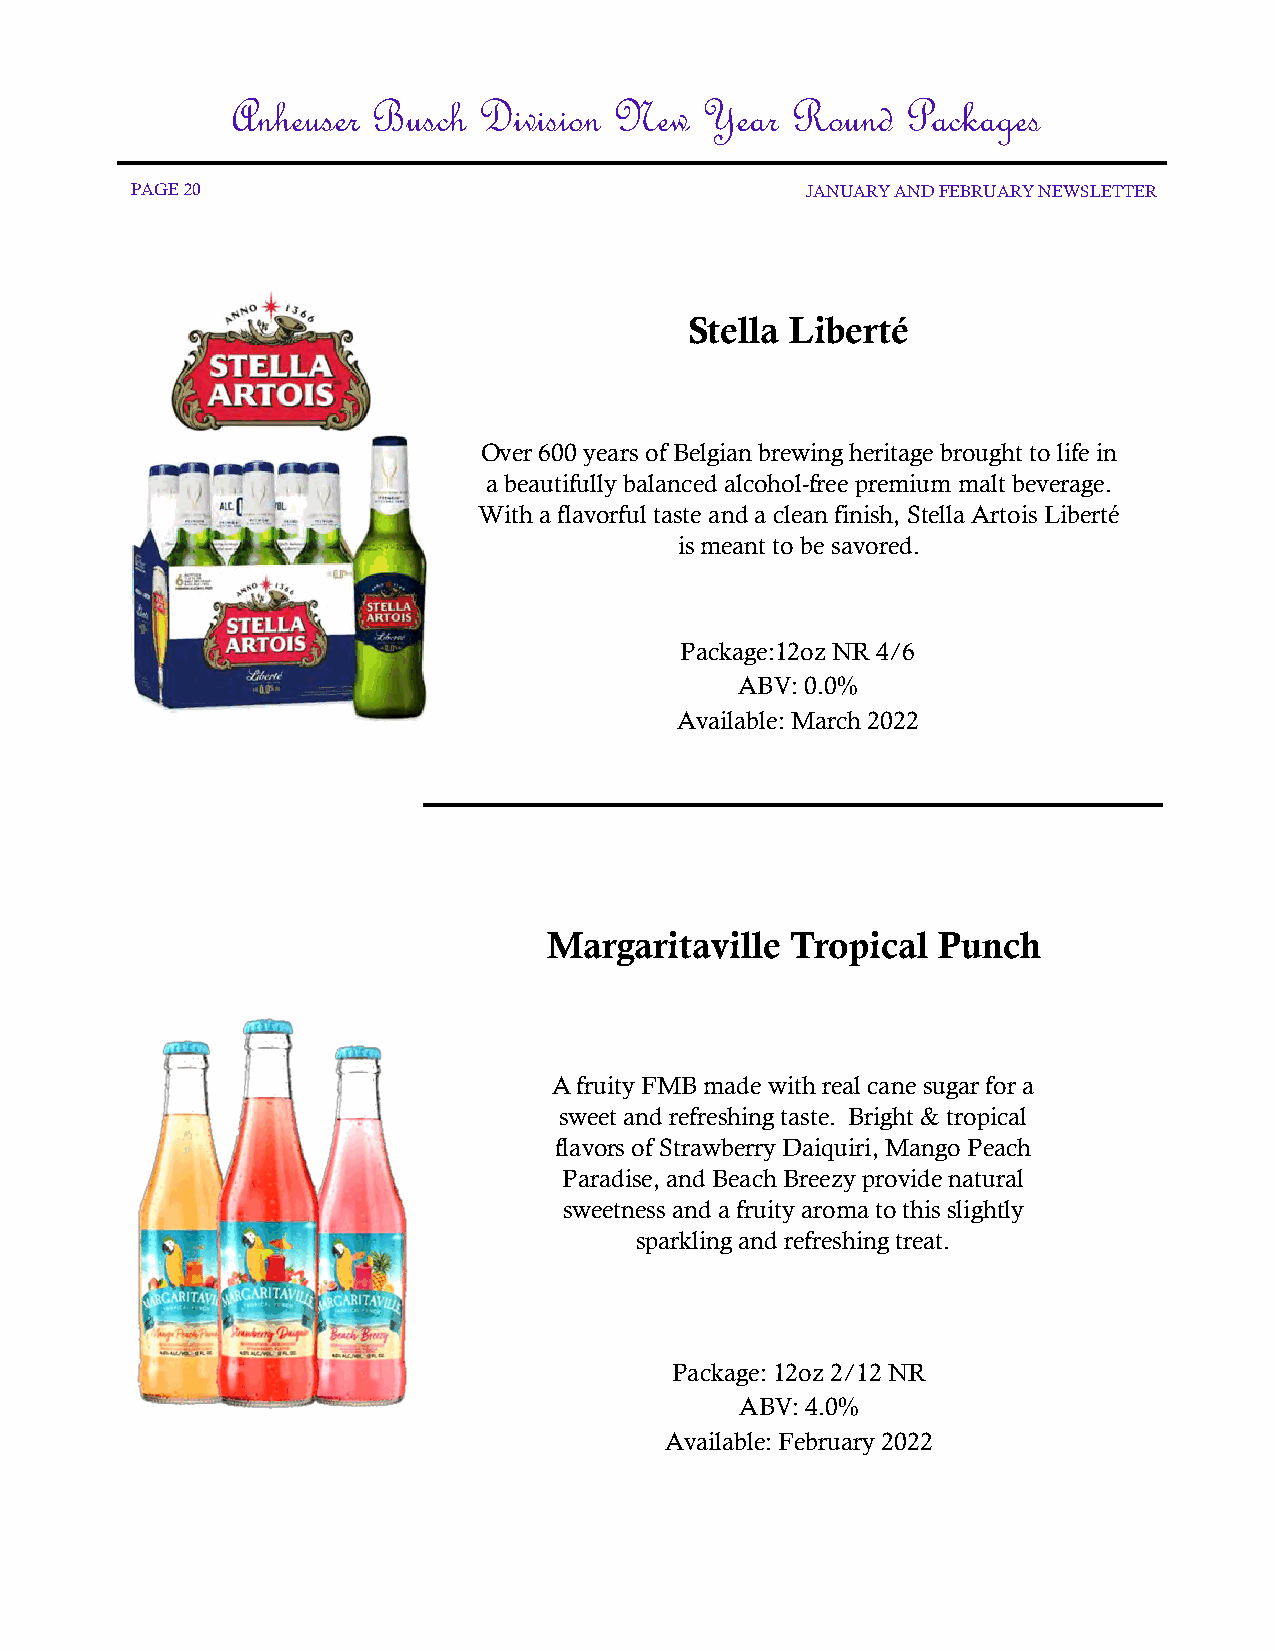
Anheuser  Busch  Division New  Year  Round   Packages
 PAGE 20                                     JANUARY AND FEBRUARY NEWSLETTER
 Stella Liberté
 Over 600 years of Belgian brewing heritage brought to life in
 a beautifully balanced alcohol-free premium malt beverage.
 With a flavorful taste and a clean finish, Stella Artois Liberté
 is meant to be savored.
 Package:12oz NR 4/6
 ABV: 0.0%
 Available: March 2022
 Margaritaville  Tropical  Punch
 A fruity FMB made with real cane sugar for a
 sweet and refreshing taste. Bright & tropical
 flavors of Strawberry Daiquiri, Mango Peach
 Paradise, and Beach Breezy provide natural
 sweetness and a fruity aroma to this slightly
 sparkling and refreshing treat.
 Package: 12oz 2/12 NR
 ABV: 4.0%
 Available: February 2022